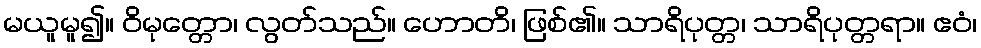
မယူမူ၍။ ဝိမုတ္တော၊ လွတ်သည်။ ဟောတိ၊ ဖြစ်၏။ သာရိပုတ္တ၊ သာရိပုတ္တရာ။ ဧဝံ၊